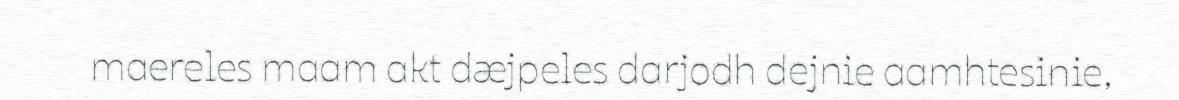
maereles maam akt dæjpeles darjodh dejnie aamhtesinie,